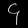
Digit: ၄